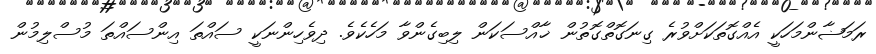
ރަމަޟާންމަހަކީ އެއްގޮތަކަށްވުރެ ގިނަގޮތްގޮތުން ޚާއްސަކަން ލިބިގެންވާ މަހެކެވެ. ދިވެހިންނަކީ ސައްތަ އިންސައްތަ މުސްލިމުން